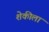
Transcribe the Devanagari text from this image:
शेकीला